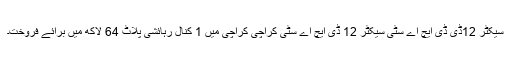
سیکٹر 12ڈی ڈی ایچ اے سٹی سیکٹر 12 ڈی ایچ اے سٹی کراچی کراچی میں 1 کنال رہائشی پلاٹ 64 لاکھ میں برائے فروخت۔